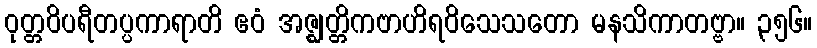
ဝုတ္တဝိပရီတပ္ပကာရာတိ ဧဝံ အဇ္ဈတ္တိကဗာဟိရဝိသေသတော မနသိကာတဗ္ဗာ။ ၃၅၆။